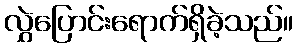
လွှဲပြောင်းရောက်ရှိခဲ့သည်။